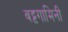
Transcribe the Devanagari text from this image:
वट्टगामिनी